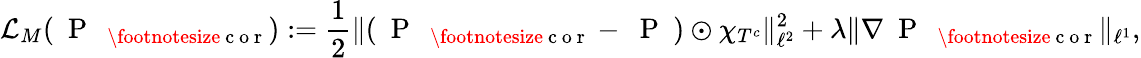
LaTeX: \mathcal L_{M}(\mathrm{~\mathrm{~P~}~}_{\mathrm{~\footnotesize~c~o~r~}}):=\frac{1}{2}\| (\mathrm{~\mathrm{~P~}~}_{\mathrm{~\footnotesize~c~o~r~}}-\mathrm{~\mathrm{~P~}~})\odot\chi_{T^{c}}\| _{\ell^{2}}^{2}+\lambda\| \nabla\mathrm{~\mathrm{~P~}~}_{\mathrm{~\footnotesize~c~o~r~}}\| _{\ell^{1}},